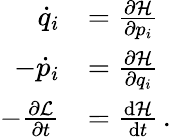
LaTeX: {\begin{array}{rl}{{\dot{q}}_{i}}&{={\frac{\partial{\mathcal{H}}}{\partial p_{i}}}}\\ {-{\dot{p}}_{i}}&{={\frac{\partial{\mathcal{H}}}{\partial q_{i}}}}\\ {-{\frac{\partial{\mathcal{L}}}{\partial t}}}&{={\frac{{\mathrm{d}}{\mathcal{H}}}{{\mathrm{d}}t}}\, .}\end{array}}